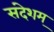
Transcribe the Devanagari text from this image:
संदेशम्